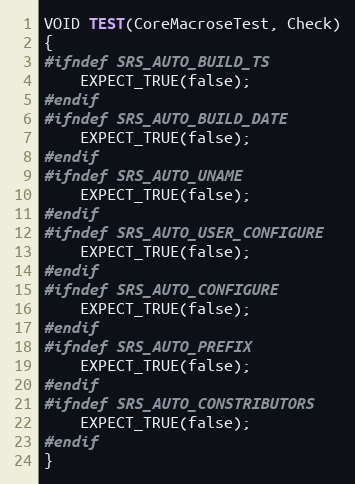
Language: C++
VOID TEST(CoreMacroseTest, Check)
{
#ifndef SRS_AUTO_BUILD_TS
    EXPECT_TRUE(false);
#endif
#ifndef SRS_AUTO_BUILD_DATE
    EXPECT_TRUE(false);
#endif
#ifndef SRS_AUTO_UNAME
    EXPECT_TRUE(false);
#endif
#ifndef SRS_AUTO_USER_CONFIGURE
    EXPECT_TRUE(false);
#endif
#ifndef SRS_AUTO_CONFIGURE
    EXPECT_TRUE(false);
#endif
#ifndef SRS_AUTO_PREFIX
    EXPECT_TRUE(false);
#endif
#ifndef SRS_AUTO_CONSTRIBUTORS
    EXPECT_TRUE(false);
#endif
}